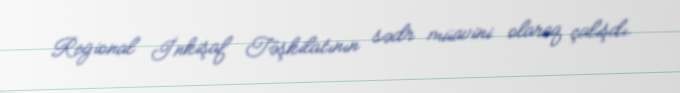
Regional İnkişaf Təşkilatının sədr müavini olaraq çalışdı.